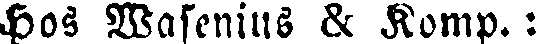
Hos Wasenius & Komp.: